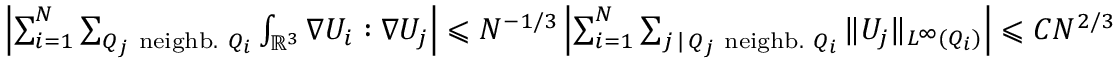
\begin{array} { r } { \left| \sum _ { i = 1 } ^ { N } \sum _ { Q _ { j } \mathrm { ~ n e i g h b . ~ } Q _ { i } } \int _ { \mathbb R ^ { 3 } } \nabla U _ { i } : \nabla U _ { j } \right| \leqslant N ^ { - 1 / 3 } \left| \sum _ { i = 1 } ^ { N } \sum _ { j \, | \, Q _ { j } \mathrm { ~ n e i g h b . ~ } Q _ { i } } \| U _ { j } \| _ { L ^ { \infty } ( Q _ { i } ) } \right| \leqslant C N ^ { 2 / 3 } } \end{array}